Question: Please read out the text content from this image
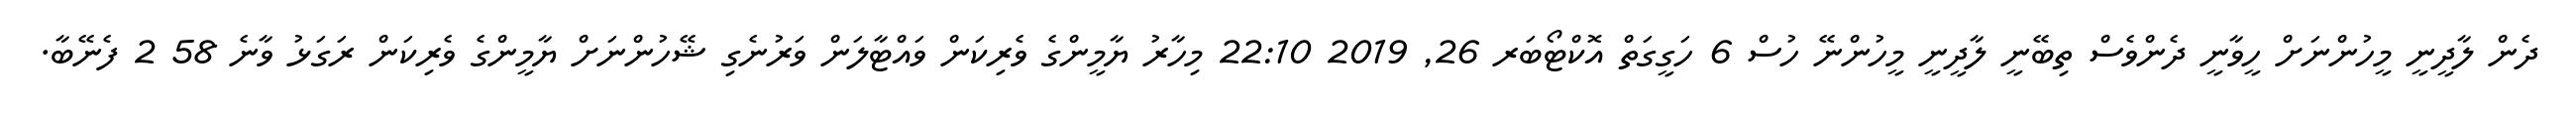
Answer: ދެން ލާދީނީ މީހުންނަށް ހީވާނީ ދެންވެސް ތިބޭނީ ލާދީނީ މީހުންނޭ ހުސް 6 ހަގީގަތް އޮކްޓޯބަރ 26, 2019 22:10 މިހާރު ޔާމީންގެ ވެރިކަން ވައްޓާލަން ވަރުނެގި ޝޭހުންނަށް ޔާމީންގެ ވެރިކަން ރަގަޅު ވާނެ 58 2 ފެނޭބާ.